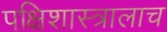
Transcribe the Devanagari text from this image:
पक्षिशास्त्रालाच